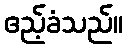
ဧည့်ခံသည်။